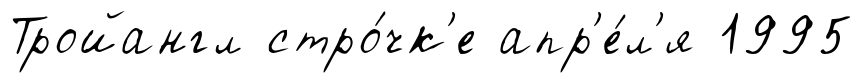
Тройангл стро́чк'е апр'е́л'я 1995